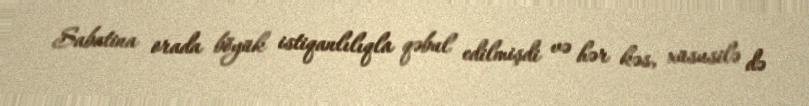
Sabatina orada böyük istiqanlılıqla qəbul edilmişdi və hər kəs, xüsusilə də